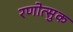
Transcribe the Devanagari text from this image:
रणोत्सुक